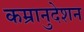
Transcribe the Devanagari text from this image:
कम्रानुदेशन